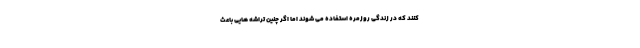
کنند که در زندگی روزمره استفاده می شوند اما اگر چنین تراشه هایی باعث